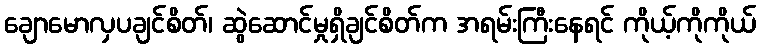
ချောမောလှပချင်စိတ်၊ ဆွဲဆောင်မှုရှိချင်စိတ်က အရမ်းကြီးနေရင် ကိုယ့်ကိုကိုယ်